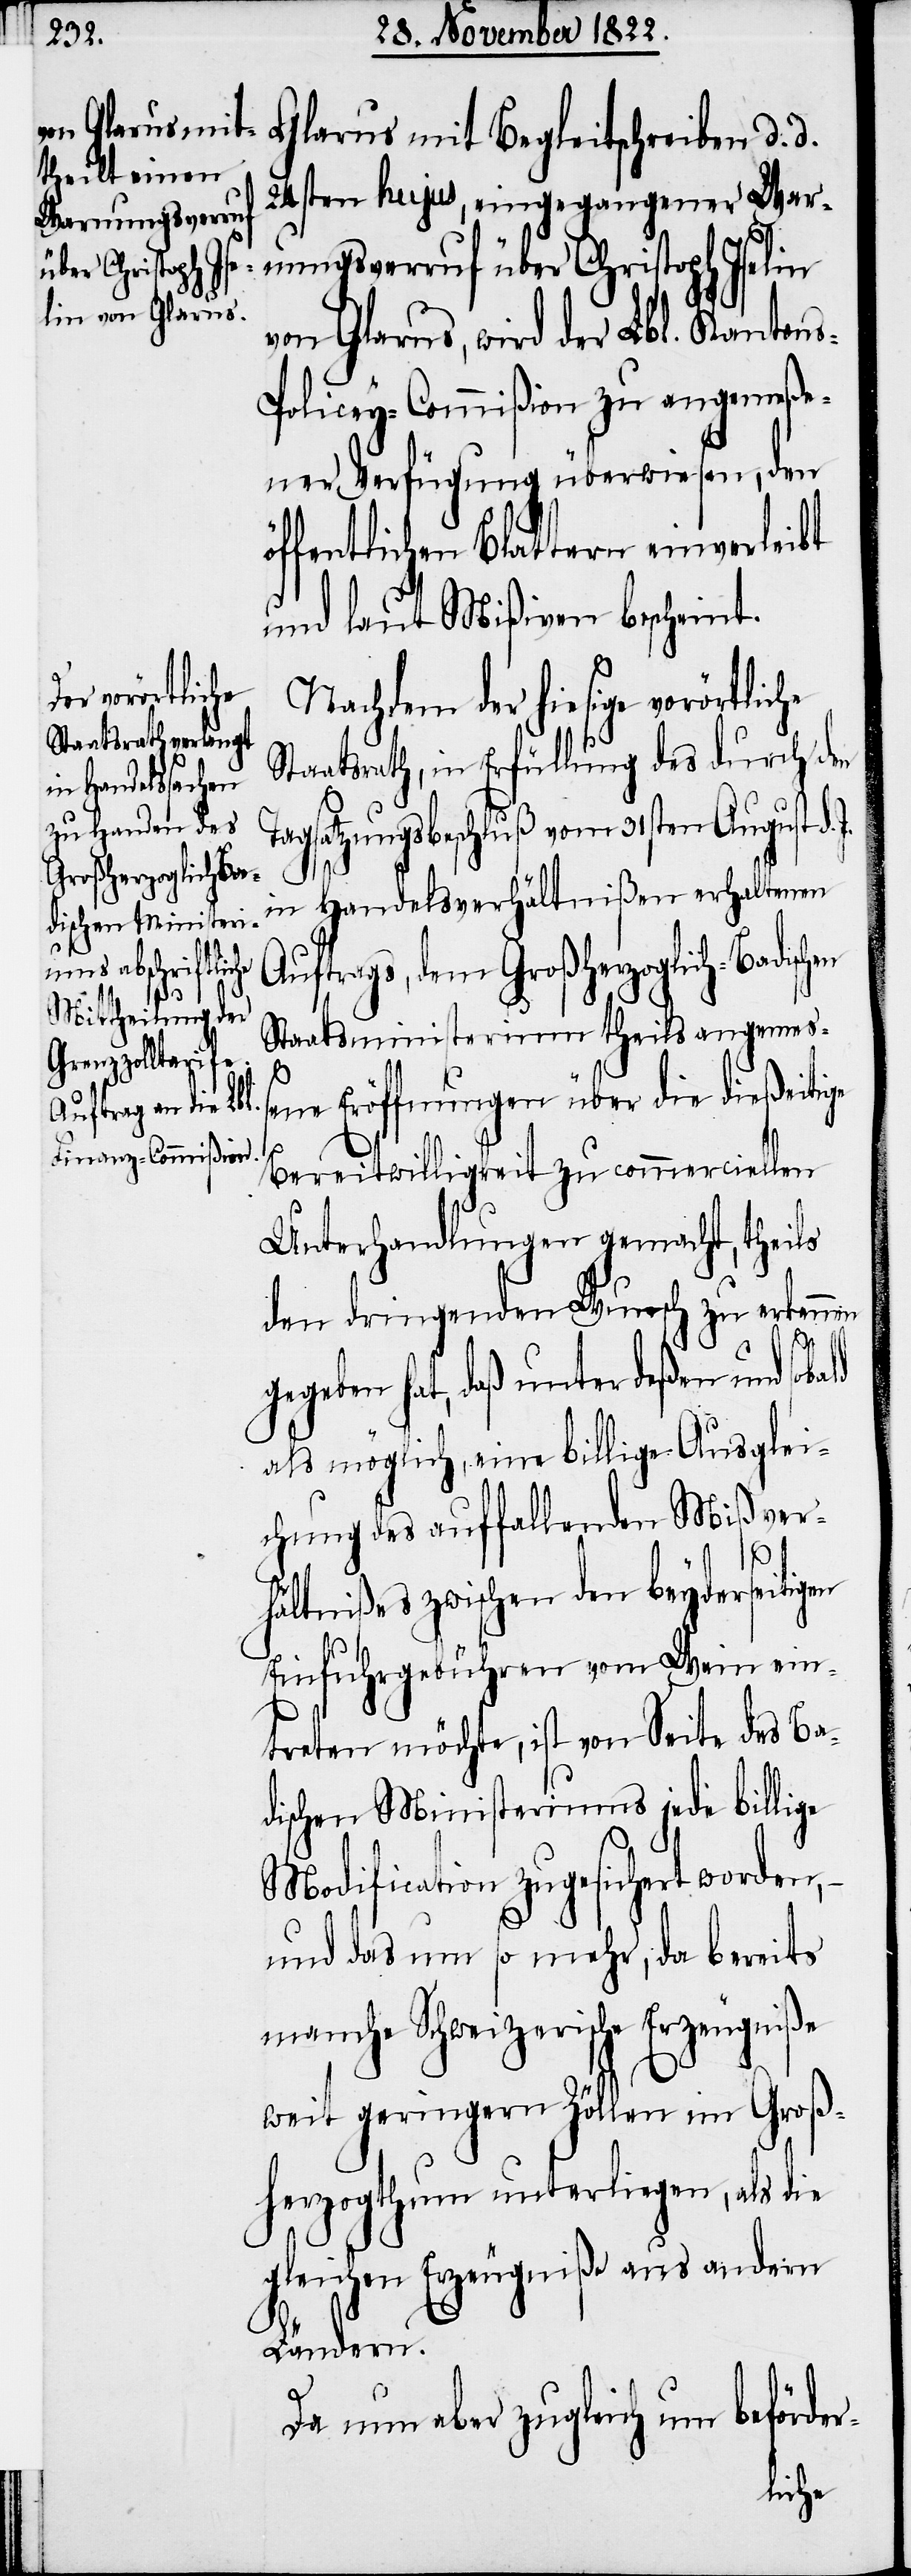
Glarus mit Begleitschreiben d. d.
24sten hujus, eingegangener War¬
nungsverruf über Christoph Iselin
von Glarus, wird der Lbl. Kanton¬
s-Policey-Commißion zu angemeße¬
ner Verfügung überwiesen, den
ffentlichen Blattern
und laut Mißiven bescheint.
Nachdem der hiesige vorörtlich
Staatsrath, in Erfüllung des durch den
Tagsatzungsbeschluß vom 31sten August d.
J.
in Handelsverhältnißen erhaltenen
Auftrags, dem Großherzoglich-Badisch¬
Staatsministerium theils angemeß¬
ald
ene Eröffnungen über die dießeitige
Bereitwilligkeit zu commerciellen
Unterhandlungen gemacht, theils
den dringenden Wunsch zu erkenn¬
en
gegeben hat, daß unter deßen und sob¬
als möglich, eine billige Ausglei¬
chung des auffallenden Mißver¬
hältnißes zwischen den beyderseitigen
Einfuhrgebühren vom Wein ein¬
treten möchte, ist von Seite des Ba¬
dischen Ministeriums jede billige
Modification zugesichert worden,
und das um so mehr, da bereits
manche Schweizerische Erzeugniße
weit geringern Zöllen im Groß¬
herzogthum unterliegen, als die
gleichen Erzeugniße aus andern
Ländern.
Da nun aber zugleich um beförder-